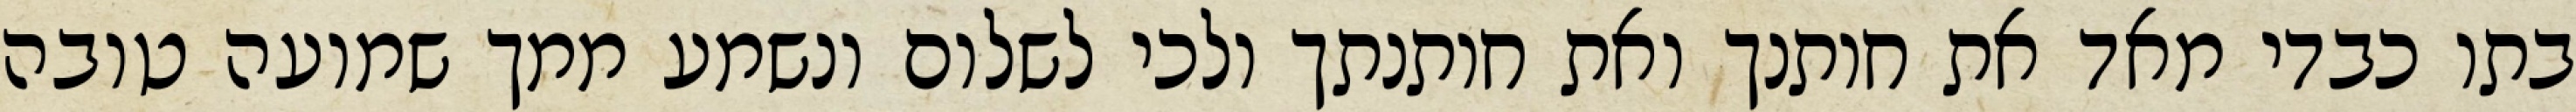
בתו כבדי מאד את חותנך ואת חותנתך ולכי לשלום ונשמע ממך שמועה טובה